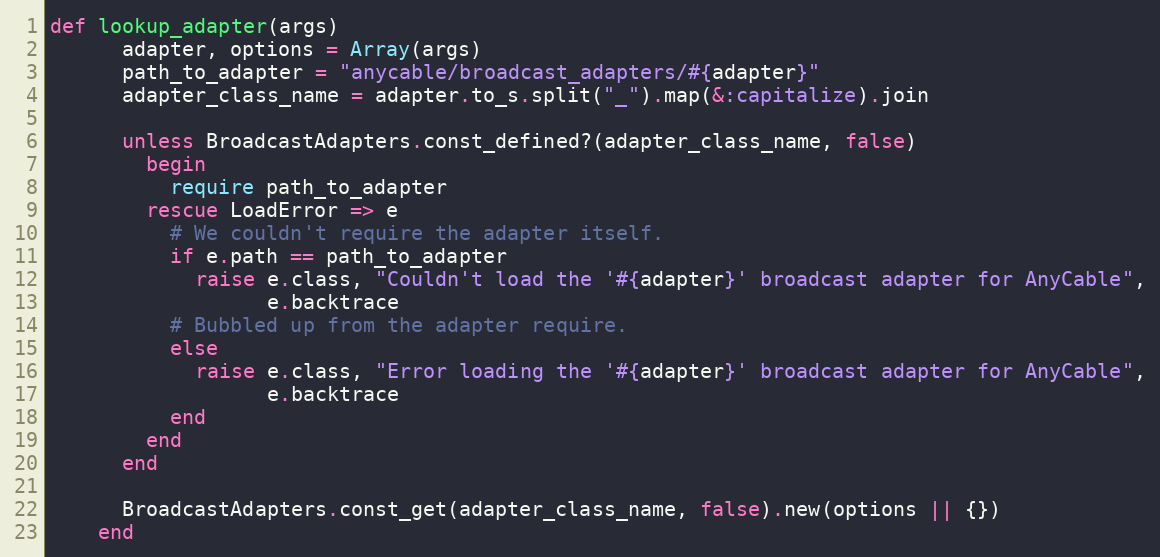
Language: Ruby
def lookup_adapter(args)
      adapter, options = Array(args)
      path_to_adapter = "anycable/broadcast_adapters/#{adapter}"
      adapter_class_name = adapter.to_s.split("_").map(&:capitalize).join

      unless BroadcastAdapters.const_defined?(adapter_class_name, false)
        begin
          require path_to_adapter
        rescue LoadError => e
          # We couldn't require the adapter itself.
          if e.path == path_to_adapter
            raise e.class, "Couldn't load the '#{adapter}' broadcast adapter for AnyCable",
                  e.backtrace
          # Bubbled up from the adapter require.
          else
            raise e.class, "Error loading the '#{adapter}' broadcast adapter for AnyCable",
                  e.backtrace
          end
        end
      end

      BroadcastAdapters.const_get(adapter_class_name, false).new(options || {})
    end